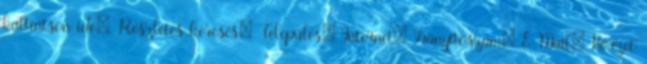
kattintson ide». Részletes keresés: Település: Internet: Irányítószám: E-Mail: Körzet